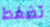
تضغط